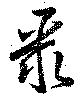
聚